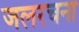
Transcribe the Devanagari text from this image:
जलरचना